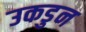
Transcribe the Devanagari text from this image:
उकडुन